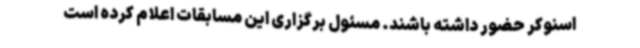
اسنوکر حضور داشته باشند. مسئول برگزاری این مسابقات اعلام کرده است